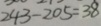
2 4 3 - 2 0 5 = 3 8